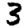
Digit: 3